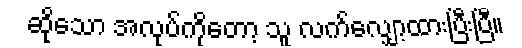
ဆိုသော အလုပ်ကိုတော့ သူ လက်လျှော့ထားပြီးပြီ။